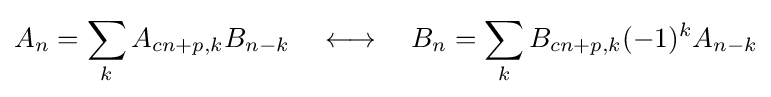
A_{n}=\sum _{k}A_{cn+p,k}B_{n-k}\quad \longleftrightarrow \quad B_{n}=\sum _{k}B_{cn+p,k}(-1)^{k}A_{n-k}